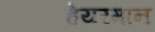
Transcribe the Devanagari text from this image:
हेयरमान